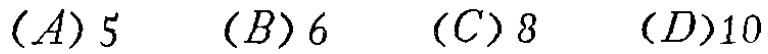
$(A)5\quad (B)6\quad (C)8\quad (D)10$